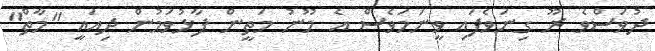
ދުވަސްވެ ރޫ ގިނަވެފައި ވީނަމަވެސް އެ މޫނު މަތީން ފާޅުވަމުން ދިއައީ "މާތް"